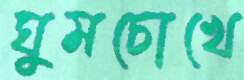
ঘুমচোখে